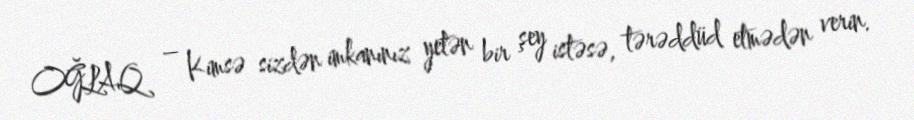
OĞLAQ – Kimsə sizdən imkanınız yetən bir şey istəsə, tərəddüd etmədən verin.